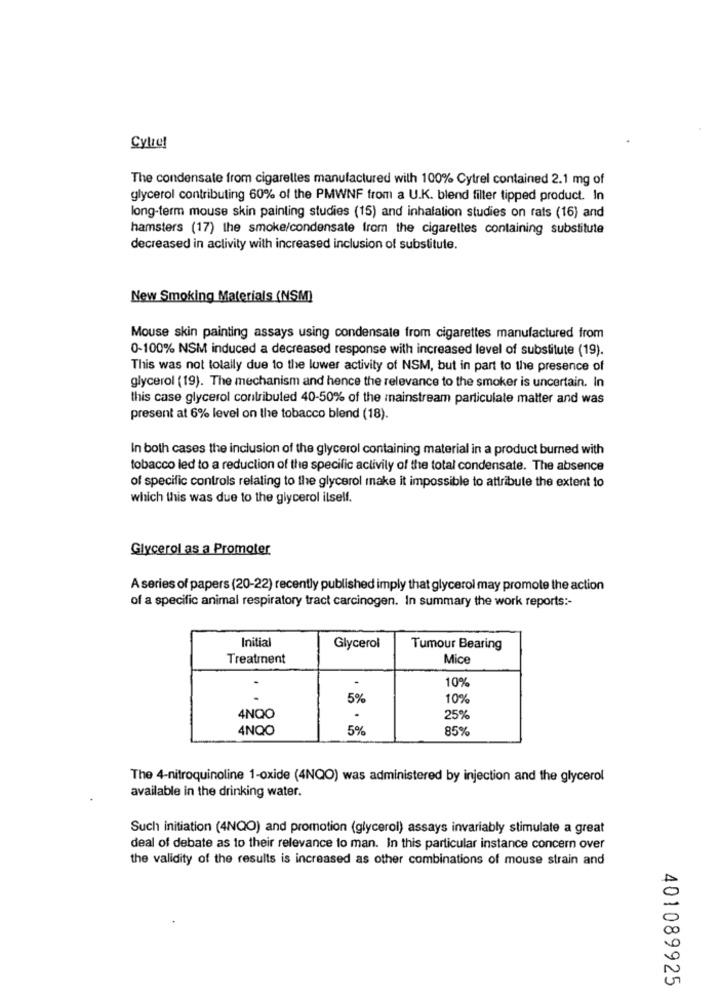
Cylic!
The condensate from cigarettes manufactured with 100% Cytrel contained 2.1 mg of
glycerol contributing 60% of the PMWNF from a U.K. blend filter tipped product. In
long-term mouse skin painting studies (15) and inhalation studies on rats (16) and
hamsters (17) the smoke/condensate from the cigarettes containing substitute
decreased in activity with increased inclusion of substitute.
New Smoking Materials (NSM)
Mouse skin painting assays using condensate from cigarettes manufactured from
0-100% NSM induced a decreased response with increased level of substitute (19).
This was not totally due to the lower activity of NSM, but in part to the presence of
glycerol (19). The mechanism and hence the relevance to the smoker is uncertain. In
this case glycerol contributed 40-50% of the mainstream particulate matter and was
present at 6% level on the tobacco blend (18).
In both cases the inclusion of the glycerol containing material in a product burned with
tobacco led to a reduction of the specific aclivily of the total condensate. The absence
of specific controls relating to the glycerol make it impossible to attribute the extent to
which this was due to the glycerol ilself.
Glycerol as a Promoter
A series of papers (20-22) recently published imply that glycerol may promote the action
of a specific animal respiratory tract carcinogen. In summary the work reports :-
Initial
Glycerol
Tumour Bearing
Treatment
Mice
.
10%
5%
10%
4NQO
25%
4NQO
5%
85%
The 4-nitroquinoline 1-oxide (4NQO) was administered by injection and the glycerol
available in the drinking water.
Such initiation (4NQO) and promotion (glycerol) assays invariably stimulate a great
deal of debate as to their relevance to man. In this particular instance concern over
the validity of the results is increased as other combinations of mouse strain and
401089925